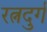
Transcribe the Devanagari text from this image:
रत्नदुर्ग